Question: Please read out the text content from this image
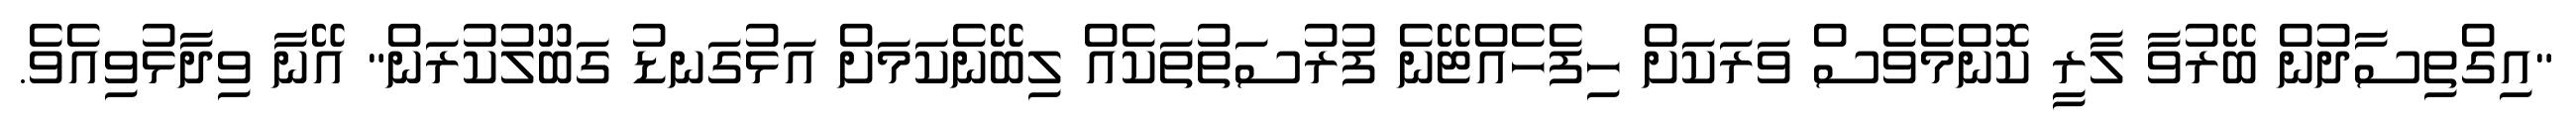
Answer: "އިގްތިސާދުން ބޭރުވާ ލާރީ ކޮންމެވެސް ވަރަކަށް ހިފެހެއްޓޭނެ ފުރުސަތުތަކެއް ލިބޭނެކަމަށް އަޅުގަނޑު ގަބޫލުކުރަން" އޭނާ ވިދާޅުވިއެވެ.